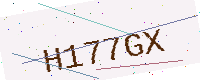
Text: H177GX